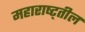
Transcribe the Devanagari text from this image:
महाराष्ट्तील